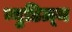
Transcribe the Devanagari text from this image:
न्युडिज़्म